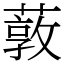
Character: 䔻